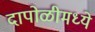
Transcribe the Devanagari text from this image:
दापोळीमध्ये